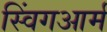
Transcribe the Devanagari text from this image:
स्विंगआर्म